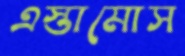
এস্তামোস